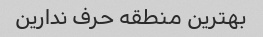
بهترین منطقه حرف ندارین